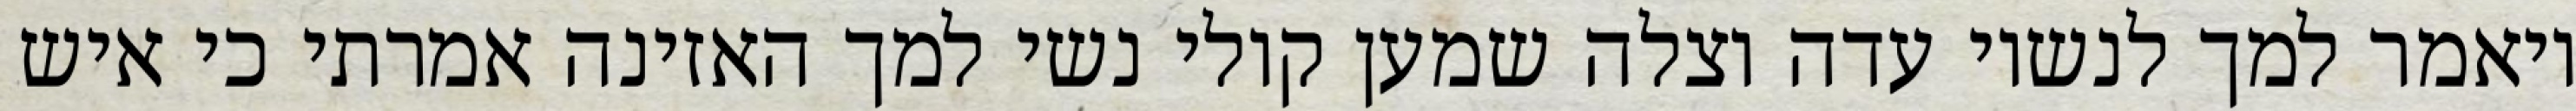
ויאמר למך לנשיו עדה וצלה שמען קולי נשי למך האזינה אמרתי כי איש